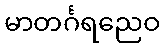
မာတင်္ဂရညေဝ